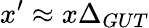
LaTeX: x^{\prime}\approx x\Delta_{GUT}